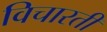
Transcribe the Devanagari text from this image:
विचारती